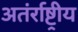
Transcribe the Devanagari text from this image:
अतंर्राष्ट्रीय